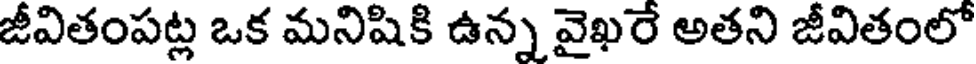
జీవితంపట్ల ఒక మనిషికి ఉన్న వైఖరే అతని జీవితంలో